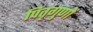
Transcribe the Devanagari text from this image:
पितृगुणों